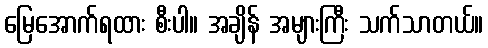
မြေအောက်ရထား စီးပါ။ အချိန် အများကြီး သက်သာတယ်။